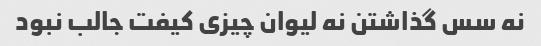
نه سس گذاشتن نه لیوان چیزی کیفت جالب نبود